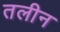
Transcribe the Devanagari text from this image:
तलीन